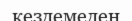
кездемеден